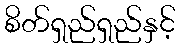
စိတ်ရှည်ရှည်နှင့်